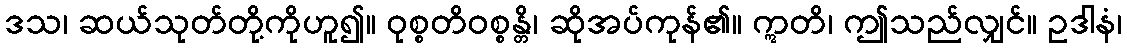
ဒသ၊ ဆယ်သုတ်တို့ကိုဟူ၍။ ဝုစ္စတိဝစ္စန္တိ၊ ဆိုအပ်ကုန်၏။ ဣတိ၊ ဤသည်လျှင်။ ဥဒါနံ၊